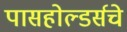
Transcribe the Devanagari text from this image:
पासहोल्डर्सचे